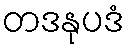
တဒနုပဒံ